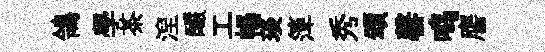
鴒學茶湼釅工暢琰𥱼秀頌罄鸣譍